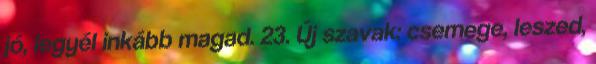
jó, legyél inkább magad. 23. Új szavak: csemege, leszed,